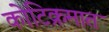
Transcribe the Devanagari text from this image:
कोटिक्रमात